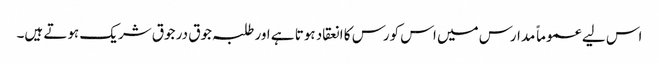
اس لیے عموماً مدارس میں اس کورس کا انعقاد ہوتا ہے اور طلبہ جوق در جوق شریک ہوتے ہیں۔